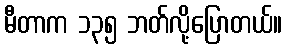
မီတာက ၁၃၅ ဘတ်လို့ပြောတယ်။